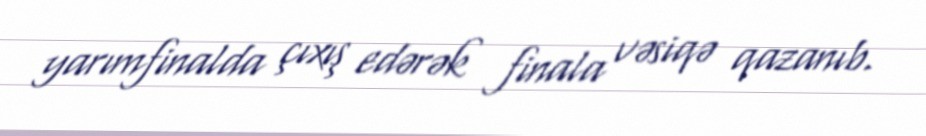
yarımfinalda çıxış edərək finala vəsiqə qazanıb.